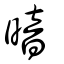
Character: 暗